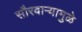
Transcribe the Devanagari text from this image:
सौरवाऱ्यामुळे